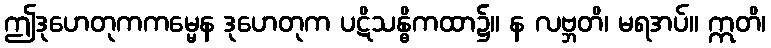
ဤဒုဟေတုကကမ္မေန ဒုဟေတုက ပဋိသန္ဓိကထာ၌။ န လဗ္ဘတိ၊ မရအပ်။ ဣတိ၊